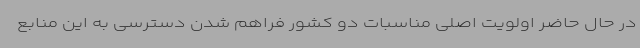
در حال حاضر اولویت اصلی مناسبات دو کشور فراهم شدن دسترسی به این منابع